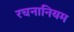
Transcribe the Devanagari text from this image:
रचनानियम